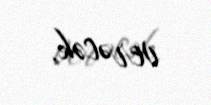
verəcək.